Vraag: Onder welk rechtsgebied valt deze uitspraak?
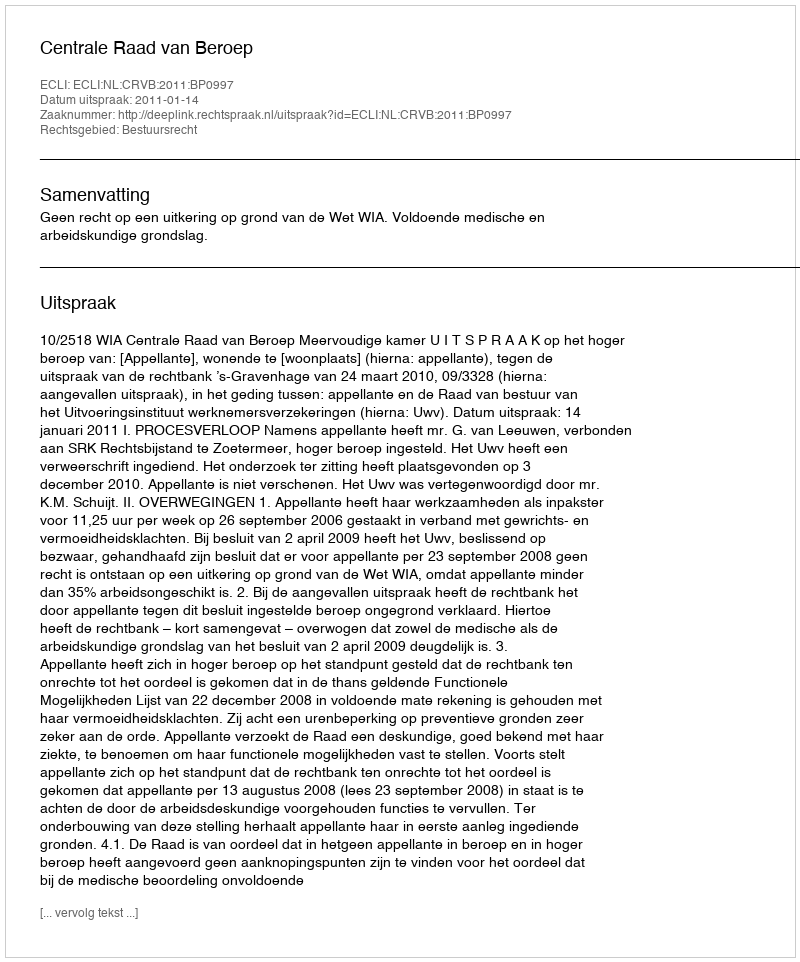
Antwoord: Bestuursrecht